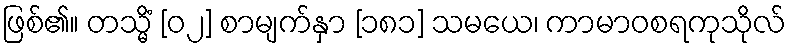
ဖြစ်၏။ တသ္မိံ [၀၂] စာမျက်နှာ [၁၈၁] သမယေ၊ ကာမာဝစရကုသိုလ်